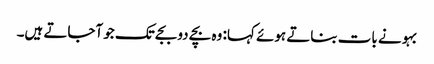
بہو نے بات بناتے ہوئے کہا: وہ بچے دو بجے تک جو آجاتے ہیں۔